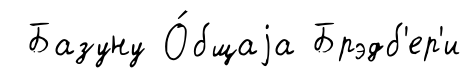
Базуну О́бщаjа Брэдб'ер'и